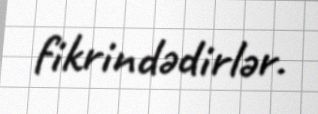
fikrindədirlər.